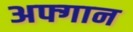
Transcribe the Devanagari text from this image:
अफ्गान